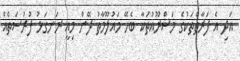
އަދި އެ ފަރާތްތަކުގެ މަޝްރޫއުތަކާ ބެހޭ މައުލޫމާތު ދޭން މިއީ ރަނގަޅު ފުރުސަތެއް